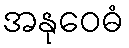
အနုဝေဓံ